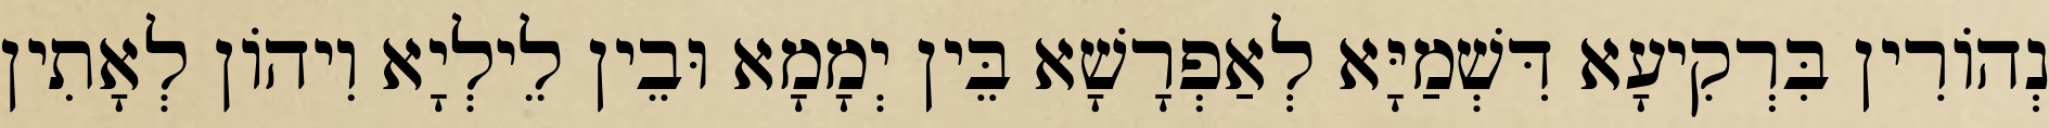
נְהוֹרִין בִּרְקִיעָא דִּשְׁמַיָּא לְאַפְרָשָׁא בֵּין יְמָמָא וּבֵין לֵילְיָא וִיהוֹן לְאָתִין